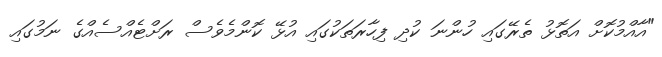
"އާއްމުކޮށް އަތޮޅު ތެރޭގައި ހުންނަ ކުދި ފިހާރަތަކުގައި އުޅޭ ކޮންމެވެސް ރަށްޓެއްސެއްގެ ނަމުގައި